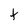
Character: t